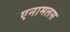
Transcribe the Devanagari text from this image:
एनामलस